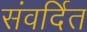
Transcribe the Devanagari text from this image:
संवर्दित